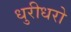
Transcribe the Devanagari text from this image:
धुरीधरो